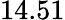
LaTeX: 14.51